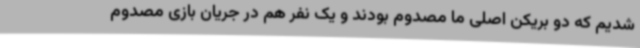
شدیم که دو بریکن اصلی ما مصدوم بودند و یک نفر هم در جریان بازی مصدوم